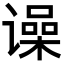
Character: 𬤨